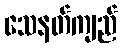
သေနတ်ကျည်